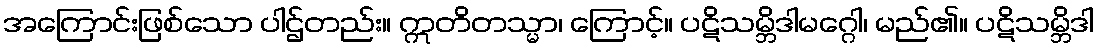
အကြောင်းဖြစ်သော ပါဌ်တည်း။ ဣတိတသ္မာ၊ ကြောင့်။ ပဋိသမ္ဘိဒါမဂ္ဂေါ၊ မည်၏။ ပဋိသမ္ဘိဒါ